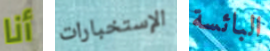
أنا الإستخبارات البائسة